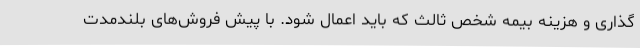
گذاری و هزینه بیمه شخص ثالث که باید اعمال شود. با پیش فروش‌های بلندمدت